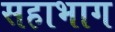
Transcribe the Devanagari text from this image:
सहाभाग